Annual administration report of the Civil Veterinary Department of India - 1908-1909
Year: 1908
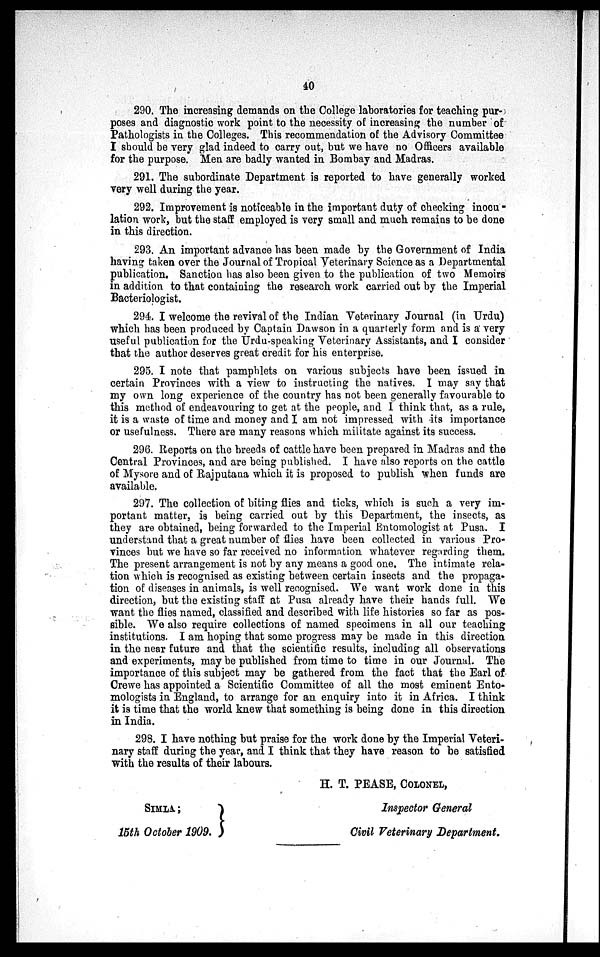
40
290. The increasing demands on the College laboratories for teaching pur-
poses and diagnostic work point to the necessity of increasing the number of
Pathologists in the Colleges. This recommendation of the Advisory Committee
I should be very glad indeed to carry out, but we have no Officers available
for the purpose. Men are badly wanted in Bombay and Madras.
291. The subordinate Department is reported to have generally worked
very well during the year.
292. Improvement is noticeable in the important duty of checking inocu-
lation work, but the staff employed is very small and much remains to be done
in this direction.
293. An important advance has been made by the Government of India
having taken over the Journal of Tropical Veterinary Science as a Departmental
publication. Sanction has also been given to the publication of two Memoirs
in addition to that containing the research work carried out by the Imperial
Bacteriologist.
294. I welcome the revival of the Indian Veterinary Journal (in Urdu)
which has been produced by Captain Dawson in a quarterly form and is a very
useful publication for the Urdu-speaking Veterinary Assistants, and I consider
that the author deserves great credit for his enterprise.
295. I note that pamphlets on various subjects have been issued in
certain Provinces with a view to instructing the natives. I may say that
my own long experience of the country has not been generally favourable to
this method of endeavouring to get at the people, and I think that, as a rule,
it is a waste of time and money and I am not impressed with its importance
or usefulness. There are many reasons which militate against its success.
296. Reports on the breeds of cattle have been prepared in Madras and the
Central Provinces, and are being published. I have also reports on the cattle
of Mysore and of Rajputana which it is proposed to publish when funds are
available.
297. The collection of biting flies and ticks, which is such a very im-
portant matter, is being carried out by this Department, the insects, as
they are obtained, being forwarded to the Imperial Entomologist at Pusa. I
understand that a great number of flies have been collected in various Pro-
vinces but we have so far received no information whatever regarding them.
The present arrangement is not by any means a good one. The intimate rela-
tion which is recognised as existing between certain insects and the propaga-
tion of diseases in animals, is well recognised. We want work done in this
direction, but the existing staff at Pusa already have their hands full. We
want the flies named, classified and described with life histories so far as pos-
sible. We also require collections of named specimens in all our teaching
institutions. I am hoping that some progress may be made in this direction
in the near future and that the scientific results, including all observations
and experiments, may be published from time to time in our Journal. The
importance of this subject may be gathered from the fact that the Earl of
Crewe has appointed a Scientific Committee of all the most eminent Ento-
mologists in England, to arrange for an enquiry into it in Africa. I think
it is time that the world knew that something is being done in this direction
in India.
298. I have nothing but praise for the work done by the Imperial Veteri-
nary staff during the year, and I think that they have reason to be satisfied
with the results of their labours.
SIMLA;
15th October 1909.
H. T. PEASE, COLONEL,
Inspector General
Civil Veterinary Department.